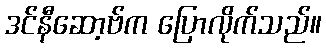
ဒင်နီဆော့ဗ်က ပြောလိုက်သည်။